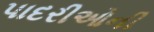
પાદરીઓની